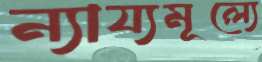
ন্যায্যমূল্যে